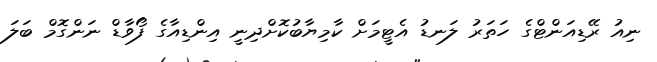
ނިއު ރޭޑިއަންޓްގެ ހަތަރު ލަނޑު އެޓީމަށް ކާމިޔާބުކޮށްދިނީ އިންޑިއާގެ ފޯވާޑް ނަންގޮމް ބަލަ